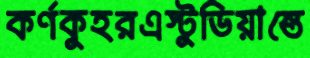
কর্ণকুহরএস্টুডিয়ান্তে